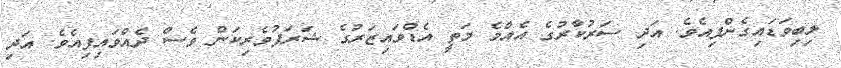
ލިބިވަޑައިގެންފިއެވެ. އަދި ސަރުކާރުގެ އެއްމެ މަތީ އެޑްވައިޒަރުގެ ޝަރަފުވެރިކަން ވެސް ދެއްވައިފިއެވެ. އަދި